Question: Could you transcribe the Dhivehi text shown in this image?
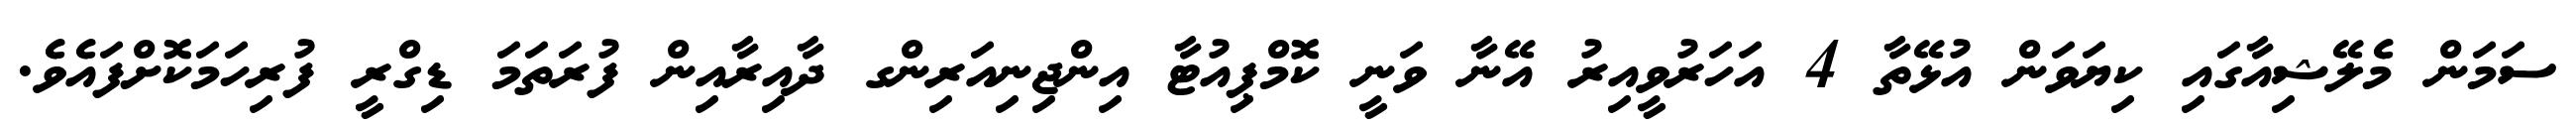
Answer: ސަމަން މެލޭޝިއާގައި ކިޔަވަން އުޅޭތާ 4 އަހަރުވީއިރު އޭނާ ވަނީ ކޮމްޕިއުޓާ އިންޖިނިއަރިންގ ދާއިރާއިން ފުރަތަމަ ޑިގްރީ ފުރިހަމަކޮށްފައެވެ.